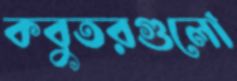
কবুতরগুলো